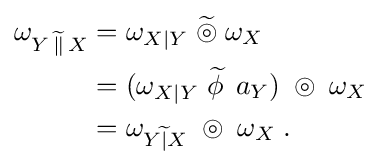
{\begin{aligned}\omega _{Y\,{\widetilde {\|}}\,X}&=\omega _{X\mid Y}\;{\widetilde {\circledcirc }}\;\omega _{X}\\&=(\omega _{X\mid Y}\;{\widetilde {\phi \,}}\;a_{Y})\;\circledcirc \;\omega _{X}\\&=\omega _{Y{\widetilde {|}}X}\;\circledcirc \;\omega _{X}\;.\end{aligned}}